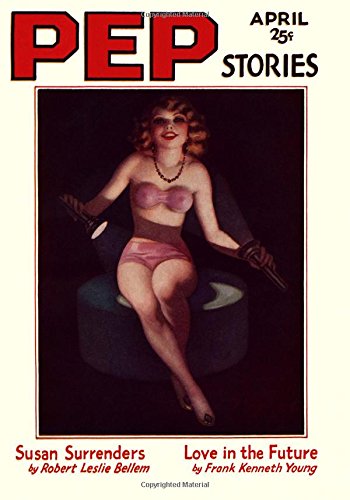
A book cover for Pep Stories: April 1932; Robert Leslie Bellem; Romance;